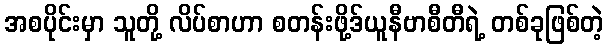
အစပိုင်းမှာ သူတို့ လိပ်စာဟာ စတန်းဖို့ဒ်ယူနီဗာစီတီရဲ့ တစ်ခုဖြစ်တဲ့